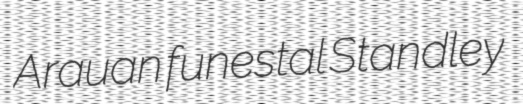
Arauan funestal Standley